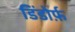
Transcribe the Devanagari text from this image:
डिंडोर्फ़